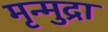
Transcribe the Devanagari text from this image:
मृन्मुद्रा